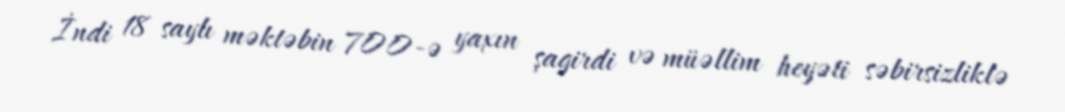
İndi 18 saylı məktəbin 700-ə yaxın şagirdi və müəllim heyəti səbirsizliklə